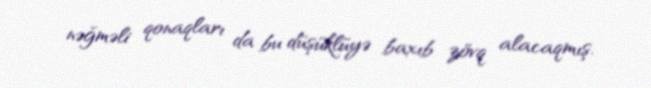
nəğməli qonaqları da bu düşüklüyə baxıb zövq alacaqmış.